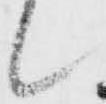
候